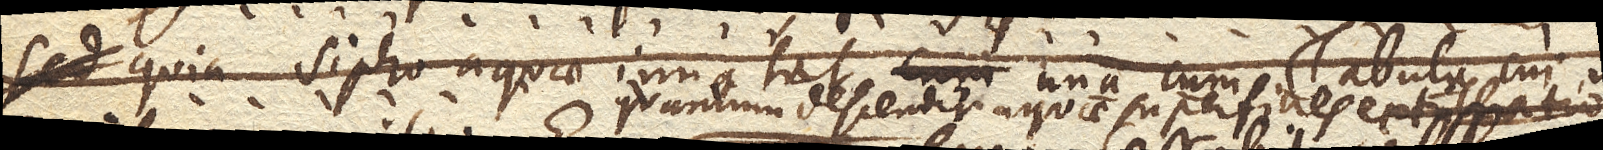
quia sipho aquae innatat una cum Tabula cui infixus est, descendet